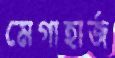
মেগাহার্জ